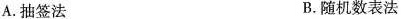
A.抽签法B.随机数表法